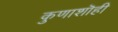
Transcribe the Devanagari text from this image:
कुणाशॊही